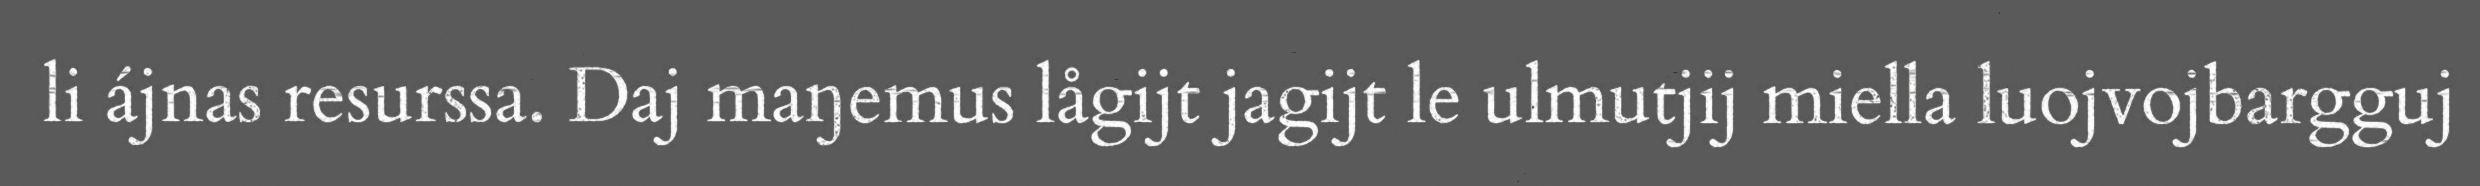
li ájnas resurssa. Daj maŋemus lågijt jagijt le ulmutjij miella luojvojbargguj